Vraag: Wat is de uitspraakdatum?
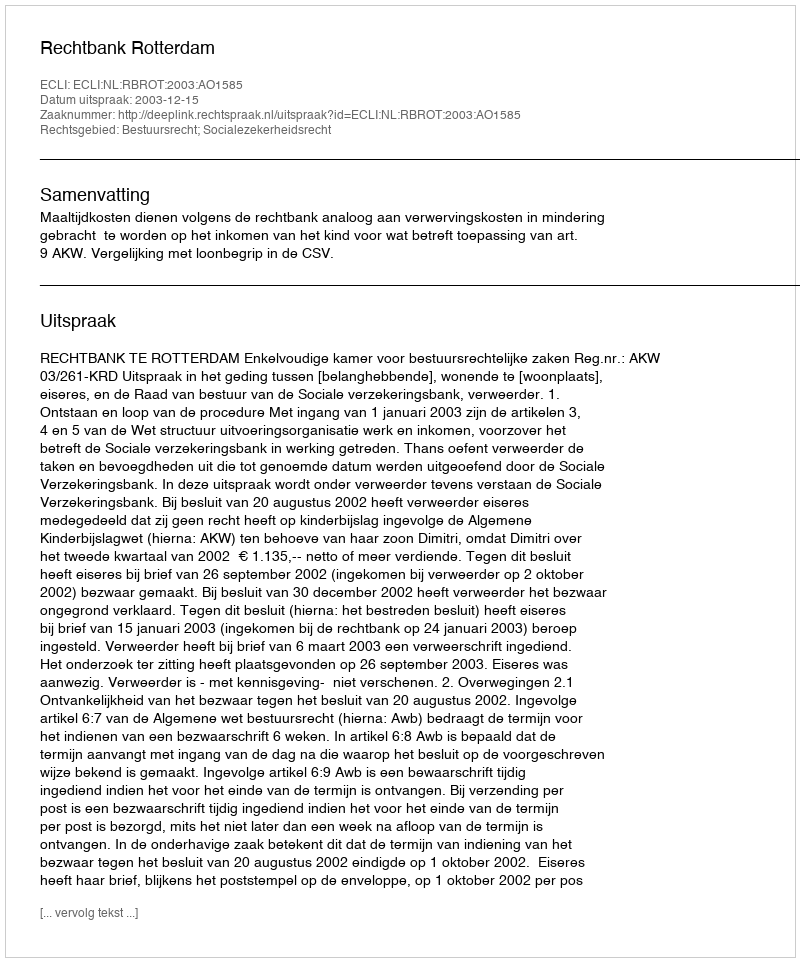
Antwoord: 2003-12-15